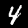
Digit: 4